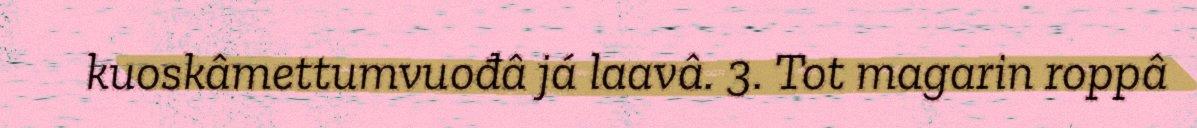
kuoskâmettumvuođâ já laavâ. 3. Tot magarin roppâ